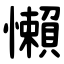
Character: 懶